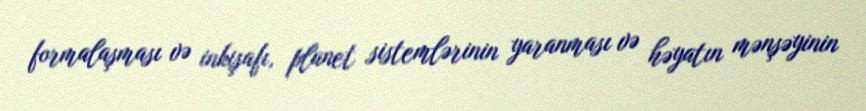
formalaşması və inkişafı, planet sistemlərinin yaranması və həyatın mənşəyinin